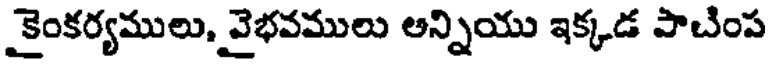
కైంకర్యములు, వైభవములు అన్నియు ఇక్కడ పాచింప